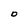
Character: O